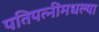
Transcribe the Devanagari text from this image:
पतिपत्‍नींमधल्या